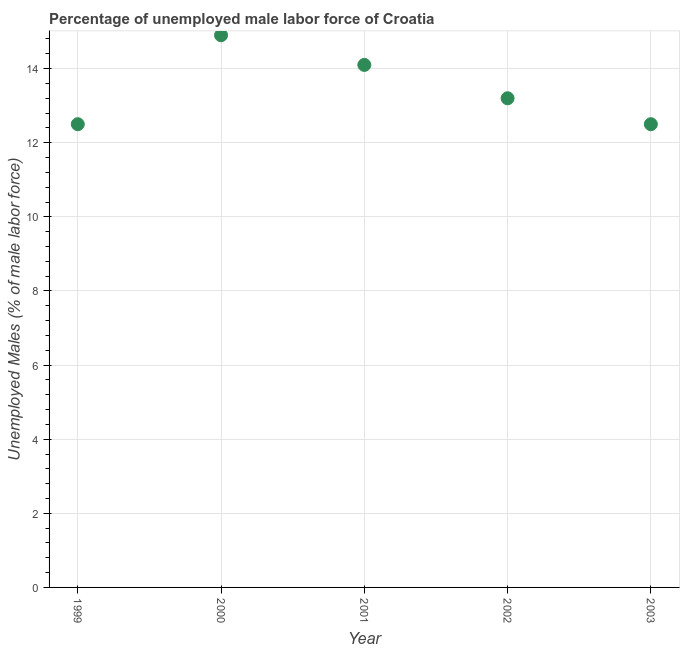
| Year | Unemployment male |
 | --- | --- |
 | 1999 | 12.5 |
 | 2000 | 14.9 |
 | 2001 | 14.1 |
 | 2002 | 13.2 |
 | 2003 | 12.5 |